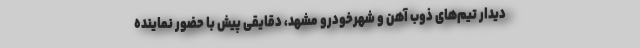
دیدار تیم‌های ذوب آهن و شهرخودرو مشهد، دقایقی پیش با حضور نماینده